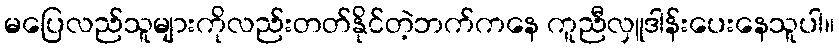
မပြေလည်သူများကိုလည်းတတ်နိုင်တဲ့ဘက်ကနေ ကူညီလှူဒါန်းပေးနေသူပါ။